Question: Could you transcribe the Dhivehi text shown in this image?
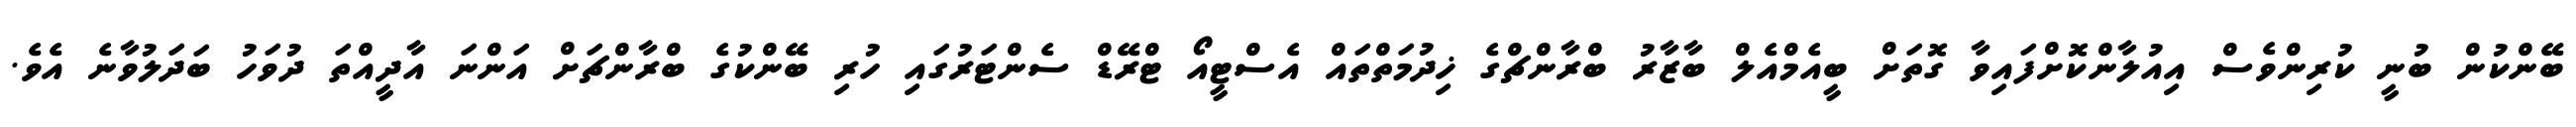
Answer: ބޭންކުން ބުނީ ކުރިންވެސް އިއުލާންކޮށްފައިވާ ގޮތަށް ބީއެމްއެލް ބާޒާރު ބްރާންޗްގެ ޚިދުމަތްތައް އެސްޓީއޯ ޓްރޭޑް ސެންޓަރުގައި ހުރި ބޭންކުގެ ބްރާންޗަށް އަންނަ އާދީއްތަ ދުވަހު ބަދަލުވާނެ އެވެ.